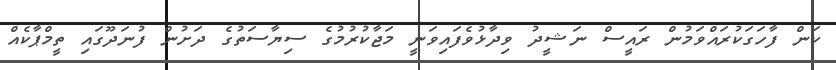
ކަން ފާހަގަކުރައްވަމުން ރައީސް ނަޝީދު ވިދާޅުވެފައިވަނީ މަޖާކުރުމުގެ ސިޔާސަތުގެ ދަށުން ފުނަދޫގައި ތީމްޕާކެއް